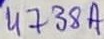
Text: 4738A